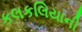
કલકલિયાની